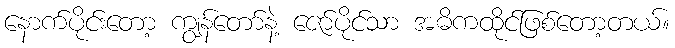
နောက်ပိုင်းတော့ ကျွန်တော်နဲ့ ဇော်ပိုင်သာ အဓိကထိုင်ဖြစ်တော့တယ်။